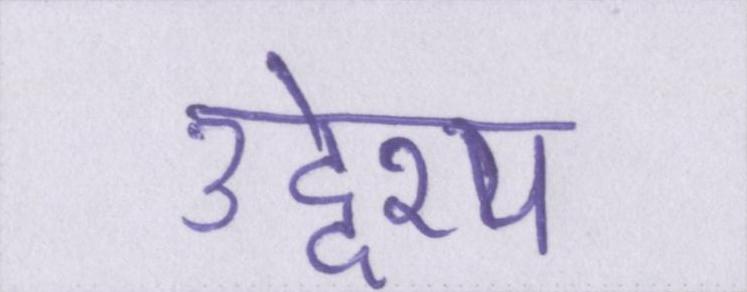
उद्देश्य